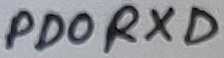
Text: PD0RXD